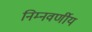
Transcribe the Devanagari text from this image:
निम्नवर्णीय